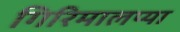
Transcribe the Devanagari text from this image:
गिरिमालप्या